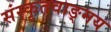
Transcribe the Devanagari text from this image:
संस्कृतवाङ्मय